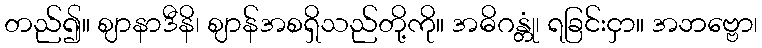
တည်၍။ ဈာနာဒီနိ၊ ဈာန်အစရှိသည်တို့ကို။ အဓိဂန္တုံ၊ ရခြင်းငှာ။ အဘဗ္ဗော၊